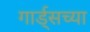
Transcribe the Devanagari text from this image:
गार्ड्‌सच्या